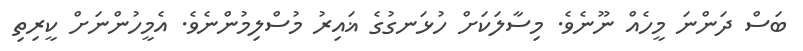
ބަސް ދަންނަ މީހެއް ނޫނެވެ. މިސާލަކަށް ހުޅަނގުގެ ޣައިރު މުސްލިމުންނެވެ. އެމީހުންނަށް ކީރިތި